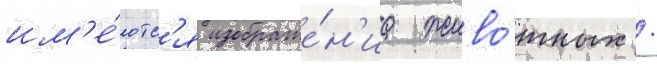
им'е́ютс'я изображе́н'иа живо́тных /